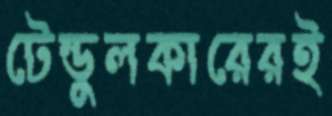
টেন্ডুলকারেরই